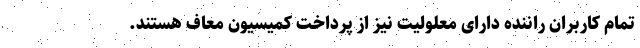
تمام کاربران راننده دارای معلولیت نیز از پرداخت کمیسیون معاف هستند.